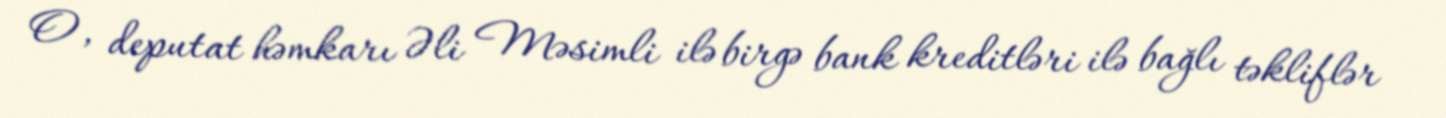
O, deputat həmkarı Əli Məsimli ilə birgə bank kreditləri ilə bağlı təkliflər